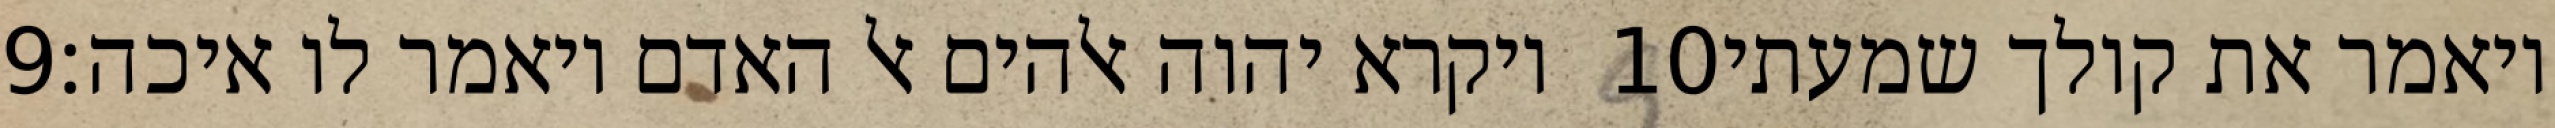
‎9‏ ויקרא יהוה אלהים אל האדם ויאמר לו איכה׃ ‎10‏ ויאמר את קולך שמעתי